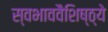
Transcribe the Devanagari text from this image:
स्वभाववैशिष्ठ्ये